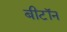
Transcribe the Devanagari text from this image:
बीटॉन